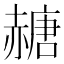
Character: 赯